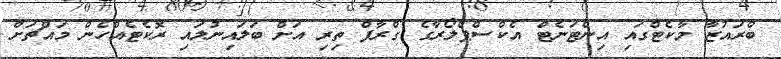
ބްރައުޒާ މާކެޓްގައި އިންޓަނެޓް އެކްސްޕްލޯރާގެ ގްރާފް ތިރި އަށް ބަލައިނުލައި ރޮކެޓެއްހެން މައްޗަށް